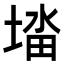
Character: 𭏉